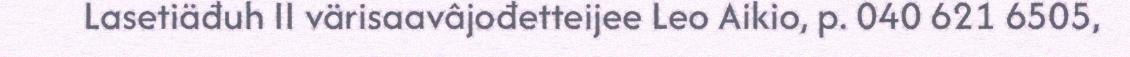
Lasetiäđuh II värisaavâjođetteijee Leo Aikio, p. 040 621 6505,